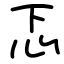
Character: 忑